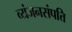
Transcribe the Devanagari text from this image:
व्यंजनसंपत्ति